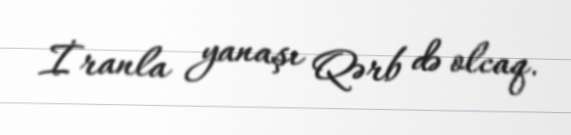
İranla yanaşı Qərb də olcaq.